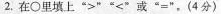
2.在\circ里填上”>””<”或”=”。(4分)